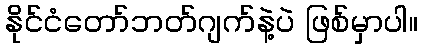
နိုင်ငံတော်ဘတ်ဂျက်နဲ့ပဲ ဖြစ်မှာပါ။